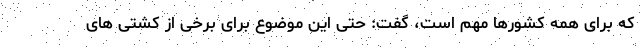
که برای همه کشورها مهم است، گفت: حتی این موضوع برای برخی از کشتی های